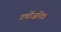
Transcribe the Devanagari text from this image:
टर्वोजनित्र